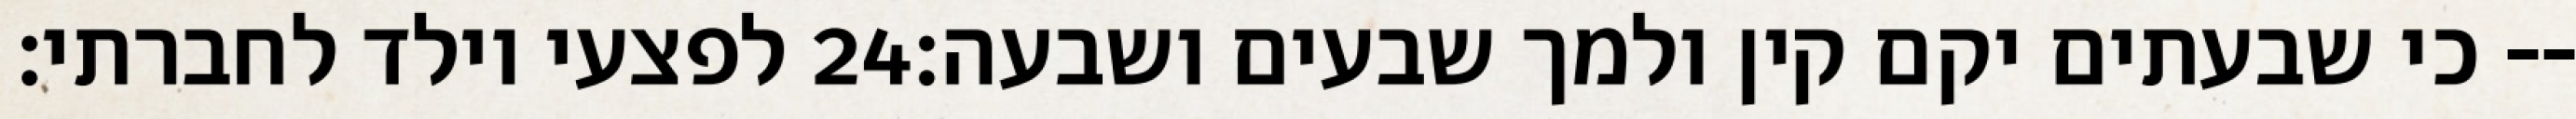
לפצעי וילד לחברתי׃ ‎24‏ כי שבעתים יקם קין ולמך שבעים ושבעה׃--